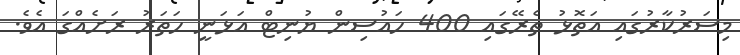
މިސަރުކާރުގައި އަތޮޅު ތެރޭގައި 400 ހައުސިން ޔުނިޓް އަޅަނީ ހަތަރު ރަށެއްގަ އެވެ.